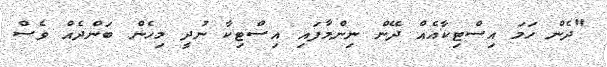
"ދެން ހަމަ އިސްޓިކާއެއް ދޭން ނިންމާފައި އިސްޓިކާ ނުދީ މިހެން ބަންދެއް ވެސް